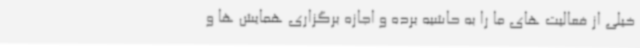
خیلی از فعالیت های ما را به حاشیه برده و اجازه برگزاری همایش ها و